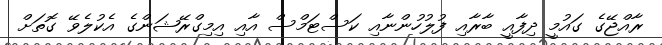
ރާއްޖޭގެ ގައުމީ ދިފާއީ ބާރާއި ފުލުހުންނާއި ކަސްޓަމްސް އާއި އިމިގްރޭޝަންގެ އެކުލެވޭ ގޮތަށް